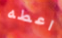
اعطه